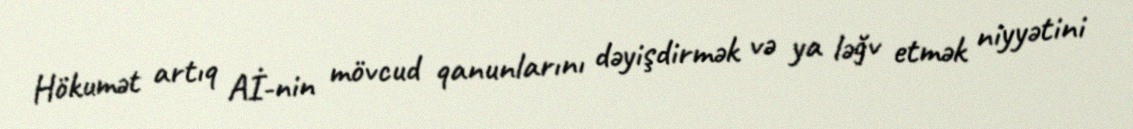
Hökumət artıq Aİ-nin mövcud qanunlarını dəyişdirmək və ya ləğv etmək niyyətini